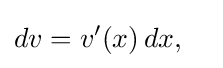
dv=v'(x)\,dx,\quad